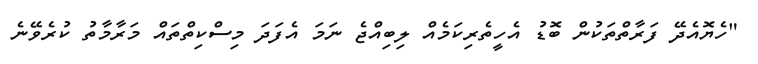
"ހެޔޮއެދޭ ފަރާތްތަކުން ބޮޑު އެހީތެރިކަމެއް ލިބިއްޖެ ނަމަ އެފަދަ މިސްކިތްތައް މަރާމާތު ކުރެވޭނެ